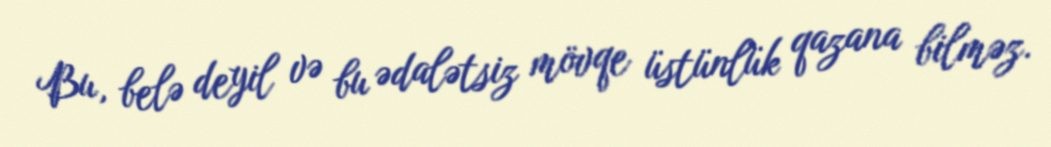
Bu, belə deyil və bu ədalətsiz mövqe üstünlük qazana bilməz.